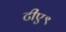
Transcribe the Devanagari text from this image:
टीए९